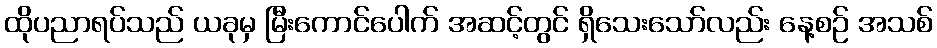
ထိုပညာရပ်သည် ယခုမှ မြီးကောင်ပေါက် အဆင့်တွင် ရှိသေးသော်လည်း နေ့စဉ် အသစ်